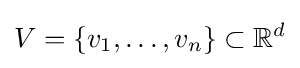
V=\{v_{1},\dots ,v_{n}\}\subset \mathbb {R} ^{d}